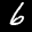
Label: 6